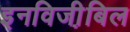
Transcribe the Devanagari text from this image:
इनविजी़बिल